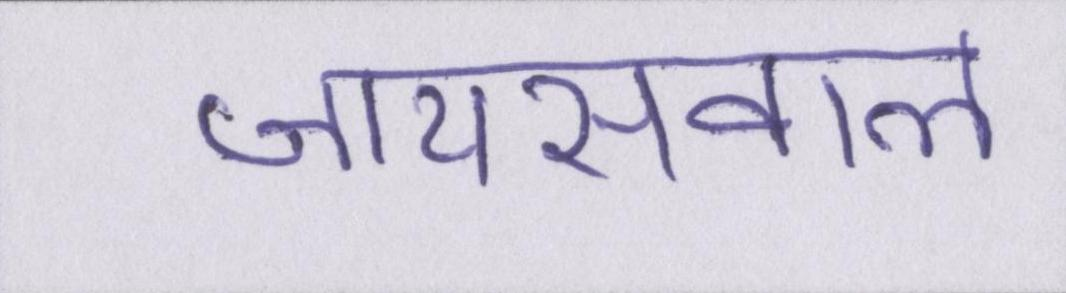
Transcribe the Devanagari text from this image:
जायसवाल